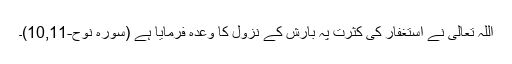
اللہ تعالیٰ نے استغفار کی کثرت پہ بارش کے نزول کا وعدہ فرمایا ہے (سورہ نوح-10,11)۔